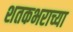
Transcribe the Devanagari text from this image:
शतकभराच्या